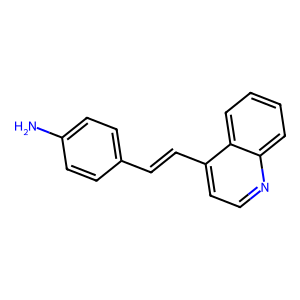
SMILES: Nc1ccc(C=Cc2ccnc3ccccc23)cc1
Inhibits HIV replication: No